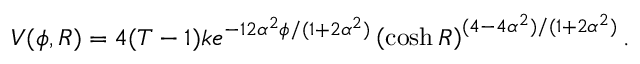
V ( \phi , R ) = 4 ( T - 1 ) k e ^ { - 1 2 \alpha ^ { 2 } \phi / ( 1 + 2 \alpha ^ { 2 } ) } \left( \cosh R \right) ^ { ( 4 - 4 \alpha ^ { 2 } ) / ( 1 + 2 \alpha ^ { 2 } ) } .